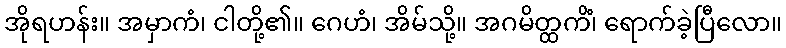
အိုရဟန်း။ အမှာကံ၊ ငါတို့၏။ ဂေဟံ၊ အိမ်သို့။ အဂမိတ္ထကိံ၊ ရောက်ခဲ့ပြီလော။